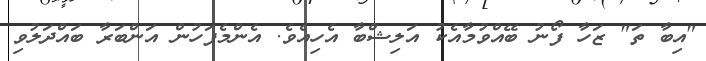
"އިބާ ތަ" ޒަހާ ފޯނު ބޭއްވުމާއެކު އަލިޝްބާ އެހިއެވެ. އެންމެފަހުން އަންބަރާ ބައްދަލުވި